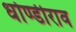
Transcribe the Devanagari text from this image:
धोण्डीराव